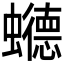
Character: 𮕏